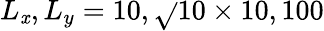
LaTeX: L_{\mathit{x}},L_{y}=10,\sqrt{}{{10}}\times10,100